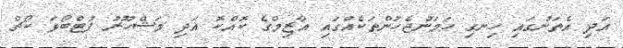
އަދި އެތަނުގައި ހިނގި ހަމަނުޖެހުންތަކެއްގައި އާޒިމްގެ ކޮއްކޮ އަދި މަޝްހޫރު ފުޓްބޯޅަ ކޯޗް